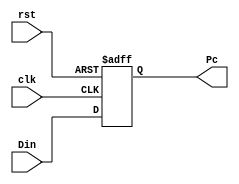
module pc(
  input wire rst, 
  input wire clk,
  input wire[31:0] Din, 
  output reg[31:0] Pc
);

    always @(posedge clk or posedge rst) begin
        if(rst) Pc <= 1'B0;
        else Pc <= Din;
    end

endmodule